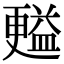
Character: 㬲